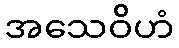
အသေဝိဟံ